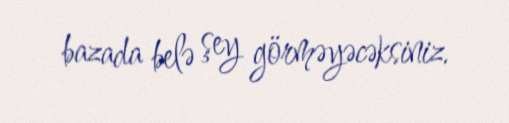
bazada belə şey görməyəcəksiniz.